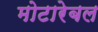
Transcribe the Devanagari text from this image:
मोटारेबल